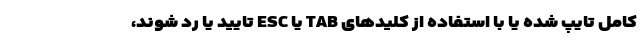
کامل تایپ شده یا با استفاده از کلید‌های TAB یا ESC تایید یا رد شوند،